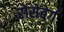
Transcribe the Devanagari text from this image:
रोसेंबेर्ग